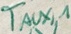
Text: TAUX,1